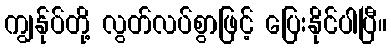
ကျွန်ုပ်တို့ လွတ်လပ်စွာဖြင့် ပြေးနိုင်ပါပြီ။